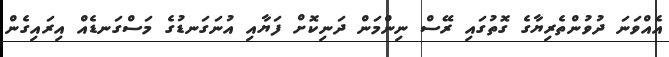
އެއްވަނަ ދުވުންތެރިޔާގެ ގޮތުގައި ރޭސް ނިންމަން ދަނިކޮށް ފަޔާއި އުނަގަނޑުގެ މަސްގަނޑެއް އިރައިގެން